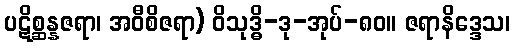
ပဋိစ္ဆန္နဇရာ၊ အဝီစိဇရာ) ဝိသုဒ္ဓိ-ဒု-အုပ်-၈၀။ ဇရာနိဒ္ဒေသ၊